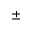
\pm